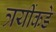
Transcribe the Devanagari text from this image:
त्रयींकडे